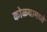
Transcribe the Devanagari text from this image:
कोळ्यामध्ये